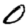
Digit: 0